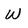
Character: w